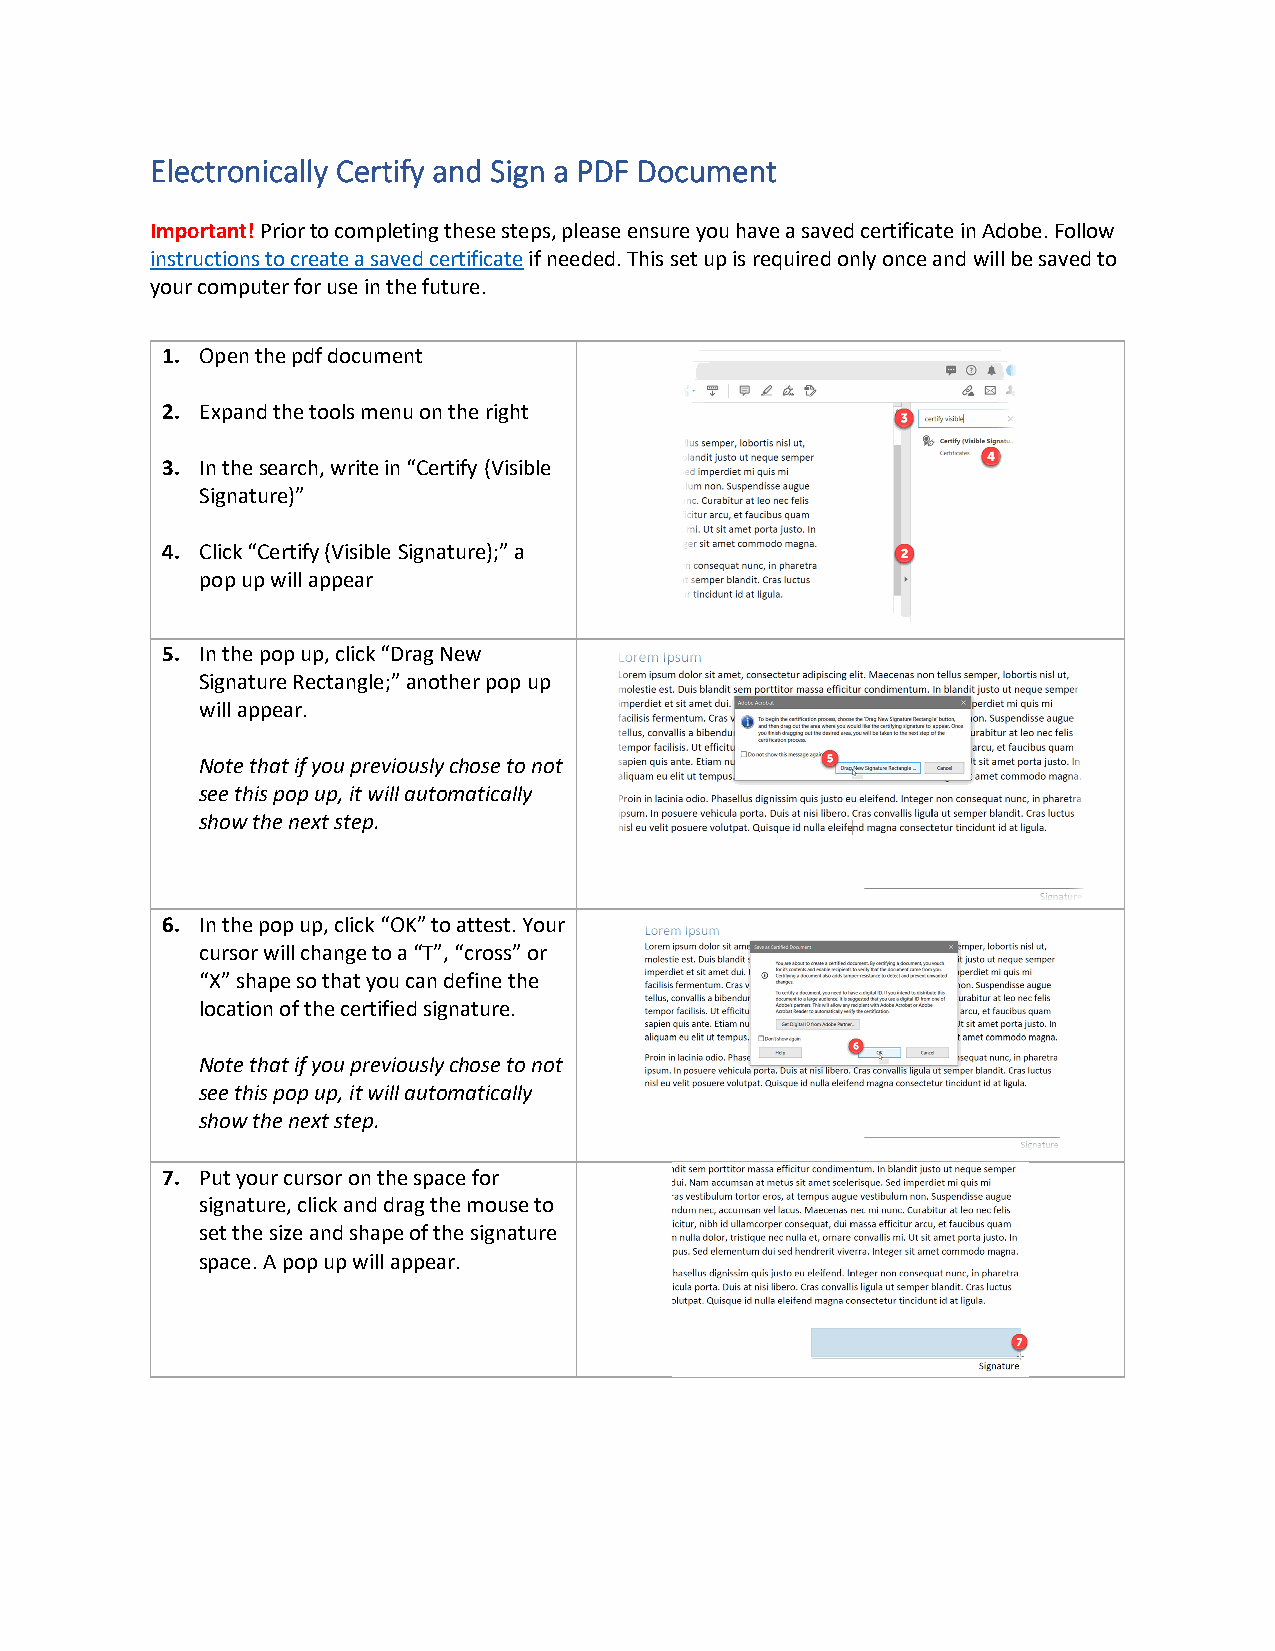
Electronically Certify and Sign a PDF Document
 Important! Prior to completing these steps, please ensure you have a saved certificate in Adobe. Follow
 instructions to create a saved certificate if needed. This set up is required only once and will be saved to
 your computer for use in the future.
 1. Open the pdf document
 2. Expand the tools menu on the right
 3. In the search, write in “Certify (Visible
 Signature)”
 4. Click “Certify (Visible Signature);” a
 pop up will appear
 5. In the pop up, click “Drag New
 Signature Rectangle;” another pop up
 will appear.
 Note that if you previously chose to not
 see this pop up, it will automatically
 show the next step.
 6. In the pop up, click “OK” to attest. Your
 cursor will change to a “T”, “cross” or
 “X” shape so that you can define the
 location of the certified signature.
 Note that if you previously chose to not
 see this pop up, it will automatically
 show the next step.
 7. Put your cursor on the space for
 signature, click and drag the mouse to
 set the size and shape of the signature
 space. A pop up will appear.